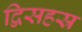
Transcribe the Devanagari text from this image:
द्विसहस्र